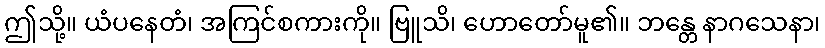
ဤသို့။ ယံပနေတံ၊ အကြင်စကားကို။ ဗြူသိ၊ ဟောတော်မူ၏။ ဘန္တေ နာဂသေနာ၊